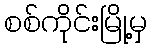
စစ်ကိုင်းမြို့မှ